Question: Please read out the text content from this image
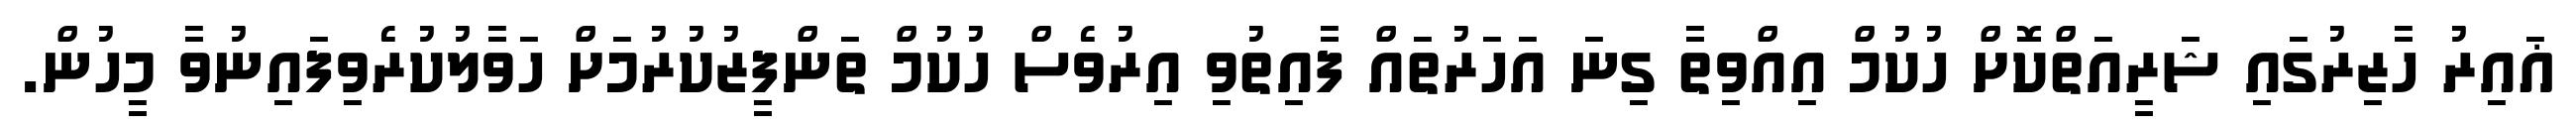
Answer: ޣައިރު ހާޒިރުގައި ޝަރީއަތްކޮށް ހުކުމް އިއްވިތާ ގިނަ އަހަރުތައް ފާއިތުވި އިރުވެސް ހުކުމް ތަންފީޒުކުރުމަށް ހަވާލުކުރެވިފައިނުވާ މީހުން.